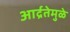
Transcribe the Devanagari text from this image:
आर्द्रतेमुळे